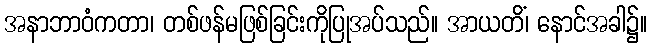
အနာဘာဝံကတာ၊ တစ်ဖန်မဖြစ်ခြင်းကိုပြုအပ်သည်။ အာယတိံ၊ နောင်အခါ၌။